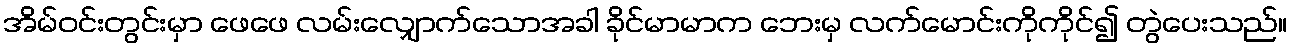
အိမ်ဝင်းတွင်းမှာ ဖေဖေ လမ်းလျှောက်သောအခါ ခိုင်မာမာက ဘေးမှ လက်မောင်းကိုကိုင်၍ တွဲပေးသည်။